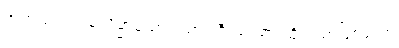
အကုသလာ၊ မလိမ္မာသော။ သာဂါဝီ ယထာ၊ ထိုဥပမာဖြစ်သော